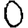
Digit: 0